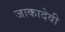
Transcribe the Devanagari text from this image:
जाकादेवी